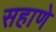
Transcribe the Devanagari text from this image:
सहाणे